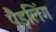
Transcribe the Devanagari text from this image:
पैड़लिंग